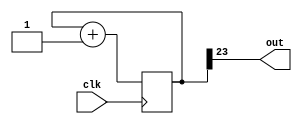
`timescale 1ns / 1ps
//////////////////////////////////////////////////////////////////////////////////
// Company: 
// Engineer: 
// 
// Design Name: 
// Module Name: blinky
// Project Name: 
// Target Devices: 
// Tool Versions: 
// Description: 
// 
// Dependencies: 
// 
// Revision:
// Revision 0.01 - File Created
// Additional Comments:
// Instantiation:
//     ic_555 timer0 ( .clk(), .out() );
// 
//////////////////////////////////////////////////////////////////////////////////


module ic_555(
    input clk,
    output out
    );
    
    reg [23:0] count = 0;
    
    assign out = count[23];
    
    always @ (posedge(clk)) count <= count + 1;
    
endmodule